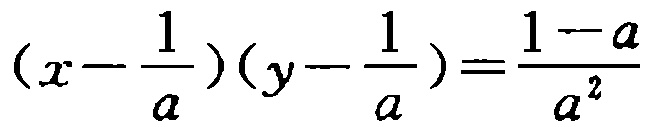
\((x - \frac{1}{a})(y - \frac{1}{a}) = \frac{1 - a}{a^{2}}\)